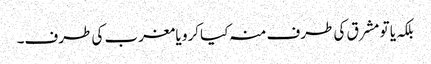
بلکہ یا تو مشرق کی طرف منہ کیا کرو یا مغرب کی طرف۔